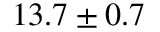
1 3 . 7 \pm 0 . 7